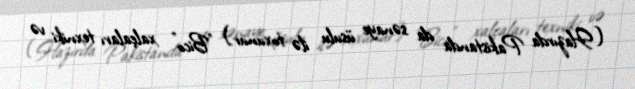
(Hazırda Pakistanda da sənaye üsulu ilə toxunur) "Bico" xalçaları texniki və